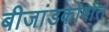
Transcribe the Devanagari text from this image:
बीजांडकोषांत